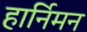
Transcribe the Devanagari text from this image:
हार्निमन